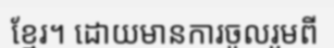
ខ្មែរ។ ដោយមានការចូលរួមពី